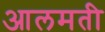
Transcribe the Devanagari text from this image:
आलमती